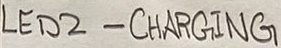
Text: LED2 - CHARGING